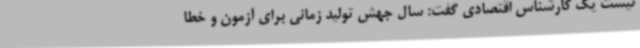
نیست یک کارشناس اقتصادی گفت: سال جهش تولید زمانی برای آزمون و خطا